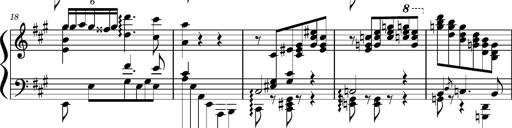
Title: Concerto sans orchestre, S.524a
Composer: Franz Liszt
Key: A major